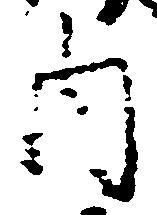
内